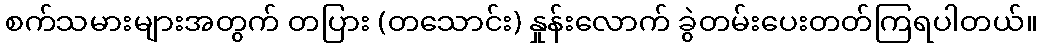
စက်သမားများအတွက် တပြား (တသောင်း) နှုန်းလောက် ခွဲတမ်းပေးတတ်ကြရပါတယ်။